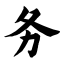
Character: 务